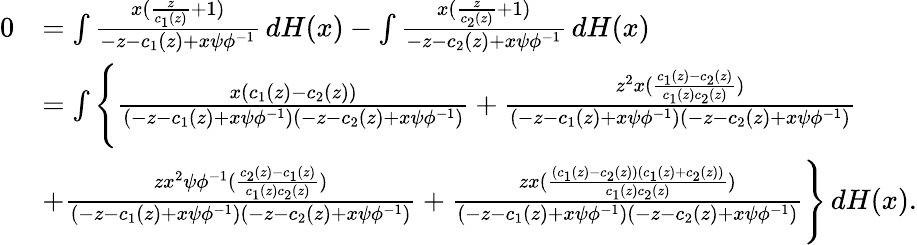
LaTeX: \begin{array}{rl}{0}&{=\int\frac{x(\frac{z}{c_{1}(z)}+1)}{-z-c_{1}(z)+x\psi\phi^{-1}}\, dH(x)-\int\frac{x(\frac{z}{c_{2}(z)}+1)}{-z-c_{2}(z)+x\psi\phi^{-1}}\, dH(x)}\\ &{=\int\Bigg\{ \frac{x(c_{1}(z)-c_{2}(z))}{(-z-c_{1}(z)+x\psi\phi^{-1})(-z-c_{2}(z)+x\psi\phi^{-1})}+\frac{z^{2}x(\frac{c_{1}(z)-c_{2}(z)}{c_{1}(z)c_{2}(z)})}{(-z-c_{1}(z)+x\psi\phi^{-1})(-z-c_{2}(z)+x\psi\phi^{-1})}}\\ &{+\frac{zx^{2}\psi\phi^{-1}(\frac{c_{2}(z)-c_{1}(z)}{c_{1}(z)c_{2}(z)})}{(-z-c_{1}(z)+x\psi\phi^{-1})(-z-c_{2}(z)+x\psi\phi^{-1})}+\frac{zx(\frac{(c_{1}(z)-c_{2}(z))(c_{1}(z)+c_{2}(z))}{c_{1}(z)c_{2}(z)})}{(-z-c_{1}(z)+x\psi\phi^{-1})(-z-c_{2}(z)+x\psi\phi^{-1})}\Bigg\} \, dH(x).}\end{array}